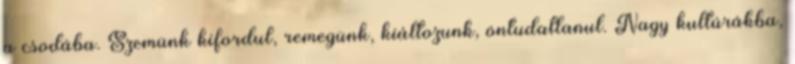
a csodába. Szemünk kifordul, remegünk, kiáltozunk, öntudatlanul. Nagy kultúrákba,